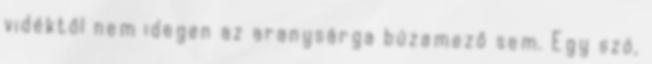
vidéktől nem idegen az aranysárga búzamező sem. Egy szó,